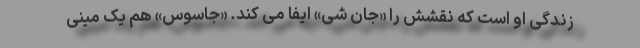
زندگی او است که نقشش را «جان شی» ایفا می کند. «جاسوس» هم یک مینی‌